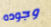
وجوده